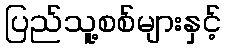
ပြည်သူ့စစ်များနှင့်